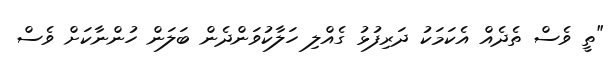
"ތީ ވެސް ތެދެއް އެކަމަކު ދަރިފުޅު ގެއްލި ހަލާކުވަންދެން ބަލަން ހުންނާކަށް ވެސް